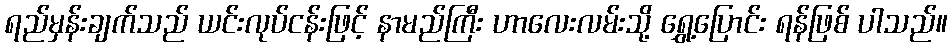
ရည်မှန်းချက်သည် ယင်းလုပ်ငန်းဖြင့် နာမည်ကြီး ဟာလေးလမ်းသို့ ရွှေ့ပြောင်း ရန်ဖြစ် ပါသည်။